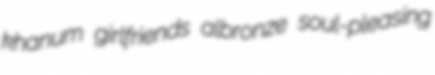
khanum girlfriends albronze soul-pleasing